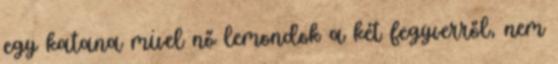
egy katana mivel nő lemondok a két fegyverről, nem